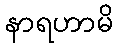
နာရဟာမိ